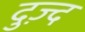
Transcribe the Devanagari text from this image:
दुज़्द